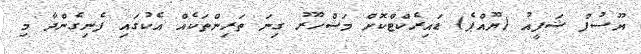
ޔޫސުފް ޝަފީއު (ޔޫއްޕެ) ޑައިރެކްޓްކޮށް މަޝްހޫރު ގިނަ ތަރިންތަކެއް އެކުގައި ފެނިގެންދާ މި